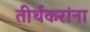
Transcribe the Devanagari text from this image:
तीर्थकरांना